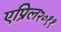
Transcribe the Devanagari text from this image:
एप्रिल२०११